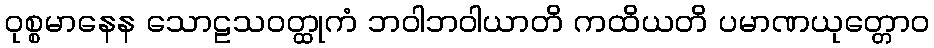
ဝုစ္စမာနေန သောဠသဝတ္ထုကံ ဘဝါဘဝါယာတိ ကထိယတိ ပမာဏယုတ္တောဝ